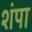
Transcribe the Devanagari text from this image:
शंपा